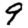
Digit: 9